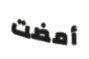
أمضت